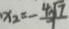
x _ { 2 } = - \frac { 4 \sqrt { 7 } } { 7 }